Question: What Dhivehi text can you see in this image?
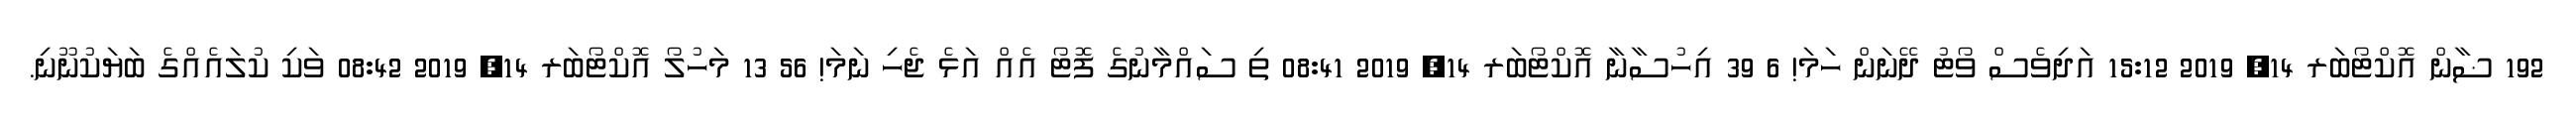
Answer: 192 ޟާން އޮކްޓޯބަރ 14, 2019 15:12 އަދިވެސް ވޯޓު ދޭނަން ހަމަ! 6 39 އިހުސާނާ އޮކްޓޯބަރ 14, 2019 08:41 ތި ސައްމާނުގެ ފޮޓޯ އެއް އަޅެ ޖެހި ނަމަ! 56 13 މަހުލޯ އޮކްޓޯބަރ 14, 2019 08:42 ވަކި ކުލައެއްގެ ބަޔަކުނޫނި.